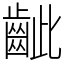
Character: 齜